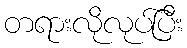
တရားလိုလုပ်ပြီး